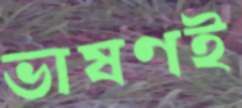
ভাষণই